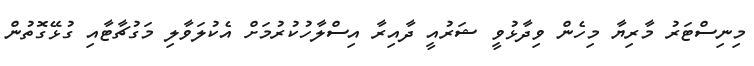
މިނިސްޓަރު މާރިޔާ މިހެން ވިދާޅުވީ ޝަރުއީ ދާއިރާ އިސްލާހުކުރުމަށް އެކުލަވާލި މަގުޗާޓާއި ގުޅޭގޮތުން